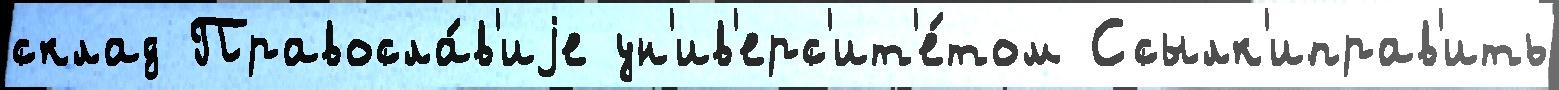
склад Правосла́в'иjе ун'ив'ерс'ит'е́том Ссылк'иправ'ить